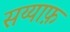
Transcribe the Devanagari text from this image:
सय्याफ़